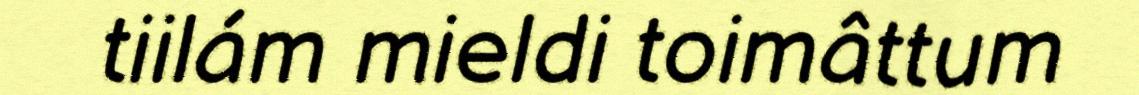
tiilám mieldi toimâttum